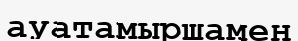
ауатамыршамен